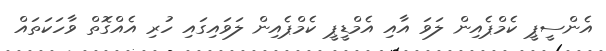
އެންސީޕީ ކެމްޕެއިން ލަވަ އާއި އެމްޑީޕީ ކެމްޕެއިން ލަވައިގައި ހުރި އެއްގޮތް ވާހަކަތައް